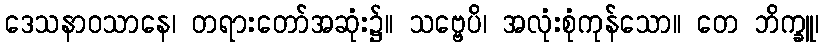
ဒေသနာဝသာနေ၊ တရားတော်အဆုံး၌။ သဗ္ဗေပိ၊ အလုံးစုံကုန်သော။ တေ ဘိက္ခူ၊